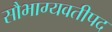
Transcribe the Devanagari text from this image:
सौभाग्यवतीपद